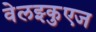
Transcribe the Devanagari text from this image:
वेलझ्कुएज